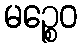
မဉ္စေဝ